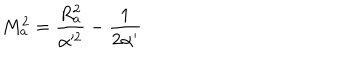
LaTeX: M _ { a } ^ { 2 } = \frac { R _ { a } ^ { 2 } } { \alpha ^ { 2 } } - \frac { 1 } { 2 \alpha ^ { \prime } }